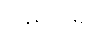
ဒီနှစ်ထဲမှာ